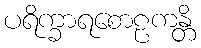
ပရိက္ခာရစောဠကန္တိ